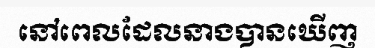
នៅពេលដែលនាងបានឃើញ